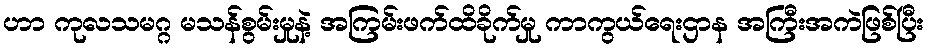
ဟာ ကုလသမဂ္ဂ မသန်စွမ်းမှုနဲ့ အကြမ်းဖက်ထိခိုက်မှု ကာကွယ်ရေးဌာန အကြီးအကဲဖြစ်ပြီး